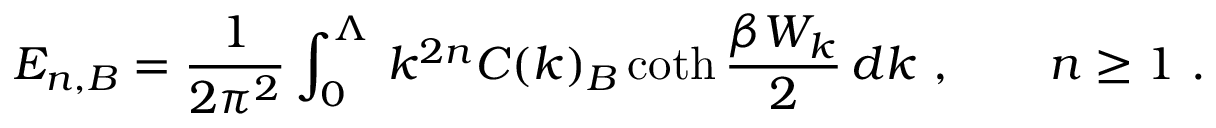
E _ { n , B } = \frac 1 { 2 \pi ^ { 2 } } \int _ { 0 } ^ { \Lambda } \, k ^ { 2 n } C ( k ) _ { B } \coth \frac { \beta W _ { k } } 2 \, d k \ , \qquad n \ge 1 \ .